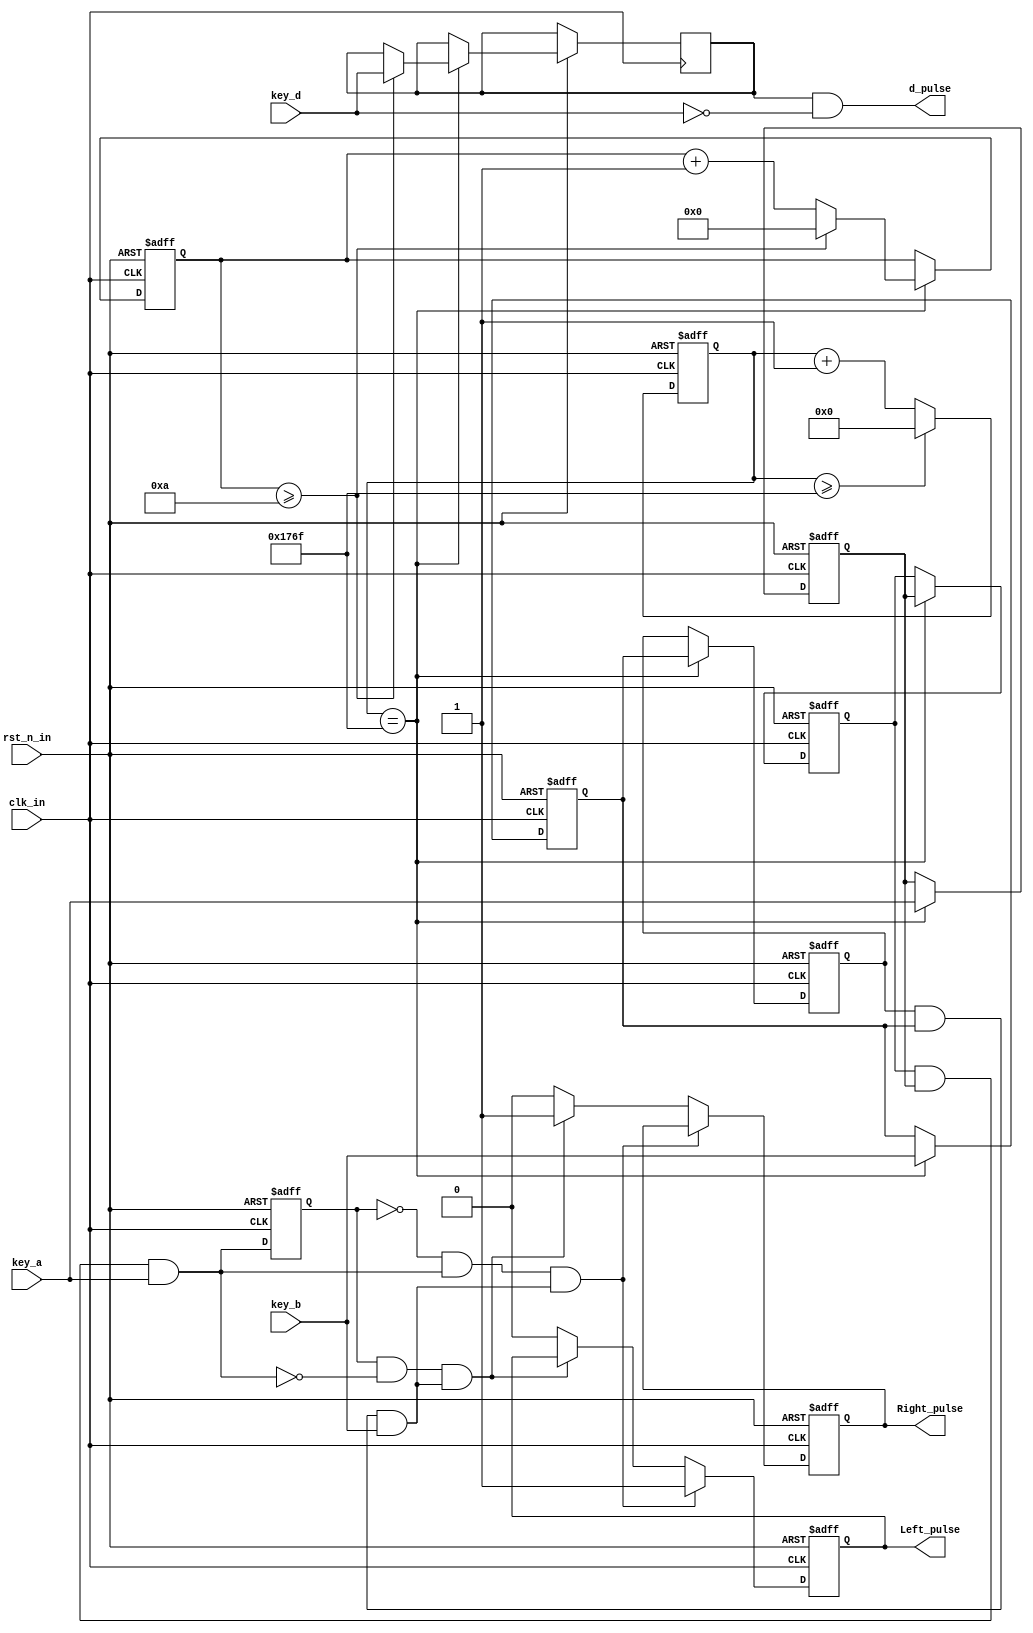
module Encoder
(
	input					clk_in,			
	input					rst_n_in,		
	input					key_a,	
	input 					key_b,
	input					key_d,
	output		reg			Left_pulse,						
	output		reg 	    Right_pulse,
	output 					d_pulse
	);

localparam				NUM_500US	=	6_000;	

reg [12:0] cnt;

always@(posedge clk_in or negedge rst_n_in) begin
	if(!rst_n_in) cnt <= 0;
	else if(cnt >= NUM_500US-1) cnt <= 1'b0;
	else cnt <= cnt + 1'b1;
end
 
reg				[5:0]	cnt_20ms;
reg						key_a_r,key_a_r1;
reg						key_b_r,key_b_r1;
reg						key_d_r;

always@(posedge clk_in or negedge rst_n_in) begin
	if(!rst_n_in) begin
		key_a_r		<=	1'b1;
		key_a_r1	<=	1'b1;
		key_b_r		<=	1'b1;
		key_b_r1	<=	1'b1;
		cnt_20ms	<=	1'b1;
	end else if(cnt == NUM_500US-1) begin
		key_a_r		<=	key_a;
		key_a_r1	<=	key_a_r;
		key_b_r		<=	key_b;
		key_b_r1	<=	key_b_r;
	if(cnt_20ms >=6'd10) begin
		cnt_20ms <= 6'd0;
		key_d_r <= key_d;
		end
		else begin
			cnt_20ms <= cnt_20ms + 1'b1;
			key_d_r <= key_d_r;
			end
	end
end
 
 
wire	A_state		= key_a_r1 && key_a_r && key_a;	
wire	B_state		= key_b_r1 && key_b_r && key_b;	
assign 	d_pulse = key_d_r && (!key_d);

 
reg						A_state_reg;

always@(posedge clk_in or negedge rst_n_in) begin
	if(!rst_n_in) A_state_reg <= 1'b1;
	else A_state_reg <= A_state;
end
 

wire	A_pos	= (!A_state_reg) && A_state;
wire	A_neg	= A_state_reg && (!A_state);
 

always@(posedge clk_in or negedge rst_n_in)begin
	if(!rst_n_in)begin
		Right_pulse <= 1'b0;
		Left_pulse <= 1'b0;
	end else begin
		if(A_pos && B_state) Left_pulse <= 1'b1;	
		else if(A_neg && B_state) Right_pulse <= 1'b1;
		else begin
			Right_pulse <= 1'b0;
			Left_pulse <= 1'b0;
		end
	end
end

endmodule